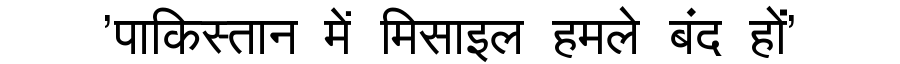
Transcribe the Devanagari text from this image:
'पाकिस्तान में मिसाइल हमले बंद हों'